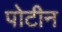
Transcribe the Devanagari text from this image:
पोटीन